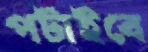
পটাইবে